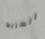
السريه